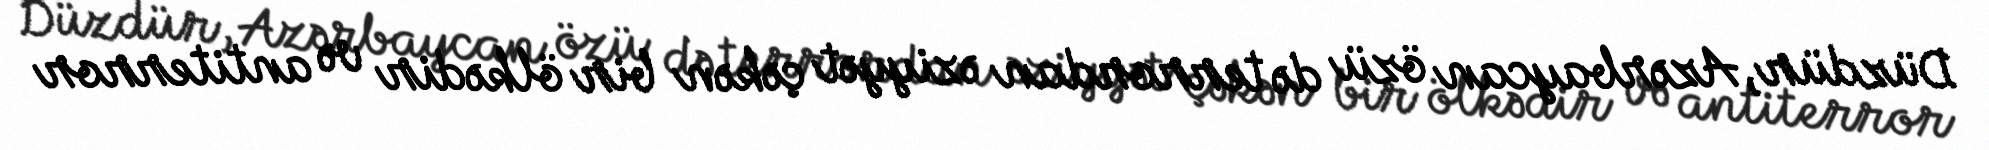
Düzdür, Azərbaycan özü də terrordan əziyyət çəkən bir ölkədir və antiterror